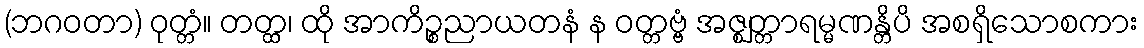
(ဘဂဝတာ) ဝုတ္တံ။ တတ္ထ၊ ထို အာကိဉ္စညာယတနံ န ဝတ္တဗ္ဗံ အဇ္ဈတ္တာရမ္မဏန္တိပိ အစရှိသောစကား